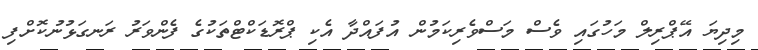
މިދިޔަ އޭޕްރިލް މަހުގައި ވެސް މަސްވެރިކަމުން އުފައްދާ އެކި ޕްރޮޑަކްޓްތަކުގެ ފެންވަރު ރަނގަޅުނުކޮށްފި